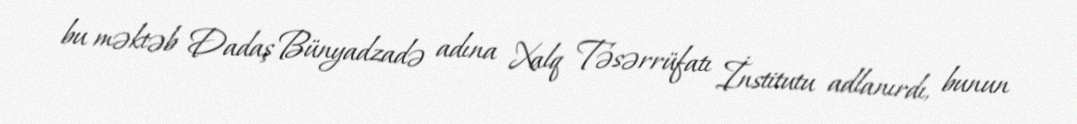
bu məktəb Dadaş Bünyadzadə adına Xalq Təsərrüfatı İnstitutu adlanırdı, bunun